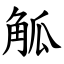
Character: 觚